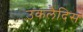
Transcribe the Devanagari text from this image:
उकलैदिस